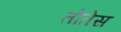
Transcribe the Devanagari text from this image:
तोतेस